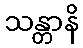
သန္တာနိ